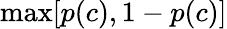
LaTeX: \mathrm{max}[p(c),1-p(c)]